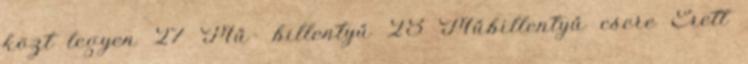
közt legyen 27 Mű- billentyű 28 Műbillentyű csere Érett